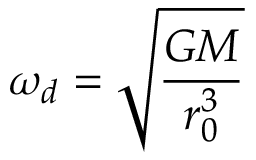
\omega _ { d } = \sqrt { \frac { G M } { r _ { 0 } ^ { 3 } } }